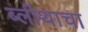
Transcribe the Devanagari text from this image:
ब्लीथाचा